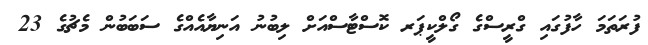
ފުރަތަމަ ހާފުގައި ގްރީސްގެ ގޯލްކީޕަރ ކޮސްޓާސްއަށް ލިބުނު އަނިޔާއެއްގެ ސަބަބުން މެޗުގެ 23